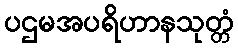
ပဌမအပရိဟာနသုတ္တံ